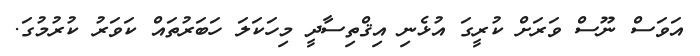
އަވަސް ނޫސް ވަރަށް ކުރީގަ އުޅެނި އިޤްތިސާދީ މިހަކަލަ ހަބަރުތައް ކަވަރު ކުރުމުގަ.